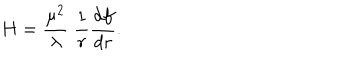
H = { \frac { \mu ^ { 2 } } { \lambda } } \; { \frac { 1 } { r } } { \frac { d f } { d r } } .